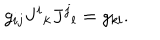
LaTeX: g _ { i j } J ^ { i } { } _ { k } J ^ { j } { } _ { l } = g _ { k l } .